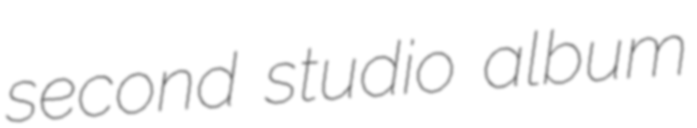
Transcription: second studio album